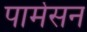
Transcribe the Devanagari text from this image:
पार्मेसन